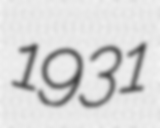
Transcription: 1931